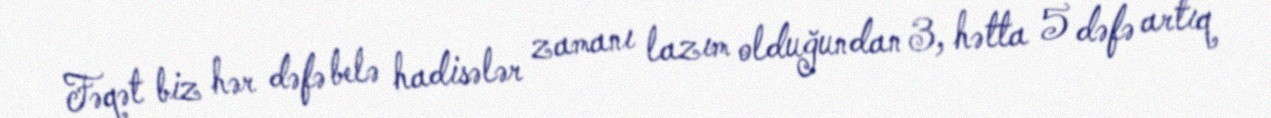
Fəqət biz hər dəfə belə hadisələr zamanı lazım olduğundan 3, hətta 5 dəfə artıq